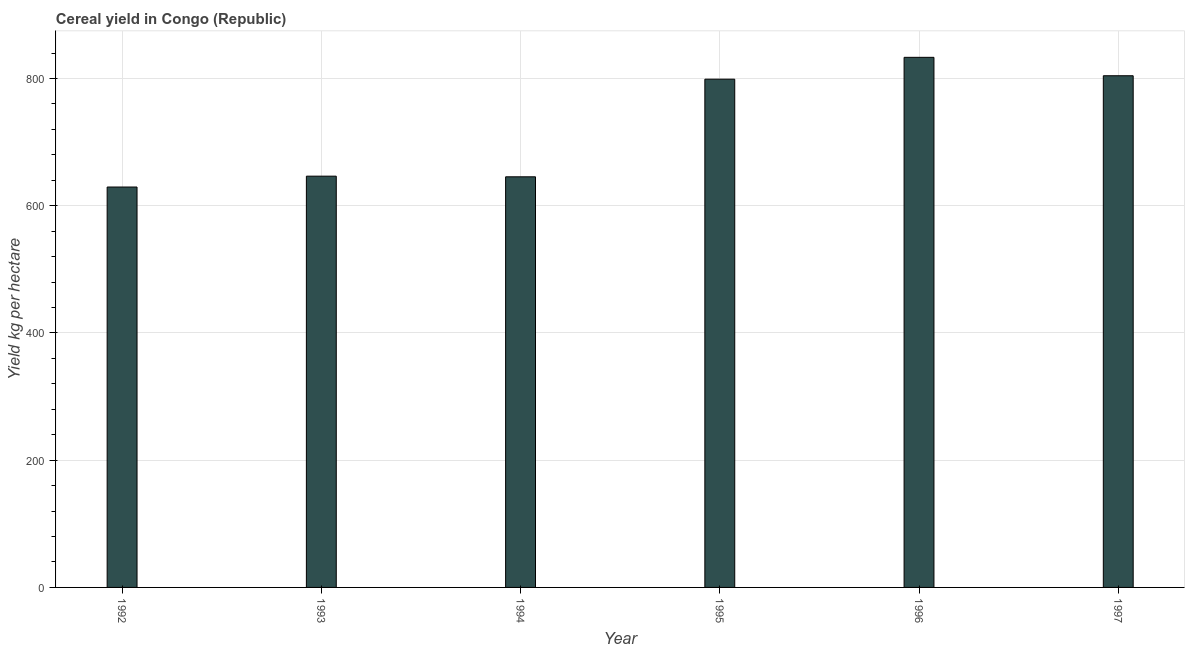
| Year | Cereal yield |
 | --- | --- |
 | 1992 | 629 |
 | 1993 | 646 |
 | 1994 | 645 |
 | 1995 | 799 |
 | 1996 | 833 |
 | 1997 | 804 |